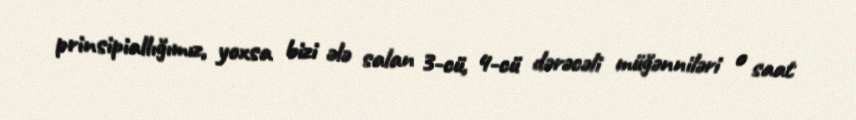
prinsipiallığımız, yoxsa bizi ələ salan 3-cü, 4-cü dərəcəli müğənniləri o saat